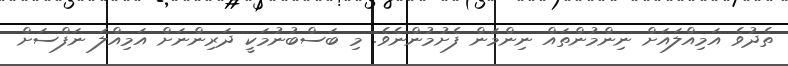
ތެދުވެ އަމިއްލައަށް ނިންމުންތައް ނިންމަން ފެށުމުންނެވެ. މި ބަސްބުނުމަކީ ދަރިންނަށް އަމިއްލަ ނަފްސަށް